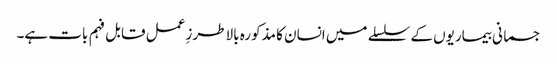
جسمانی بیماریوں کے سلسلے میں انسان کا مذکورہ بالا طرزِ عمل قابل فہم بات ہے۔